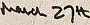
MARCH 27th